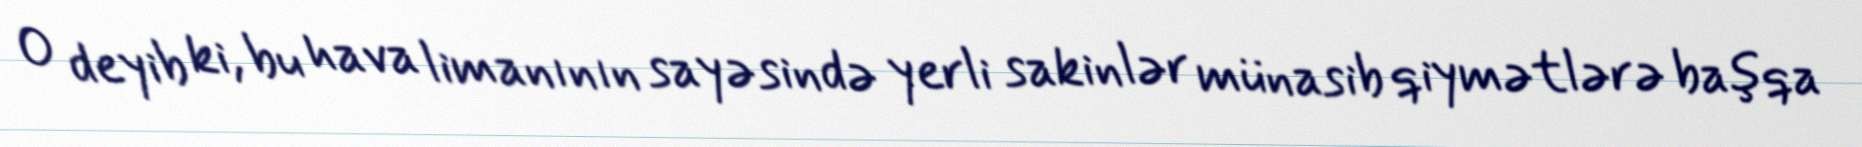
O deyib ki, bu hava limanının sayəsində yerli sakinlər münasib qiymətlərə başqa